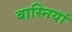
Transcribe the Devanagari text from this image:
बास्नियां